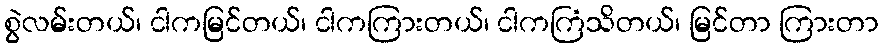
စွဲလမ်းတယ်၊ ငါကမြင်တယ်၊ ငါကကြားတယ်၊ ငါကကြံသိတယ်၊ မြင်တာ ကြားတာ